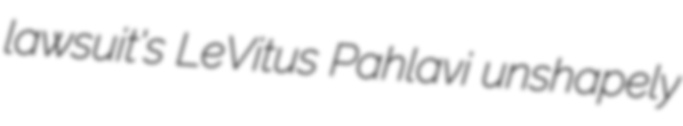
lawsuit's LeVitus Pahlavi unshapely